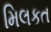
મિલકત